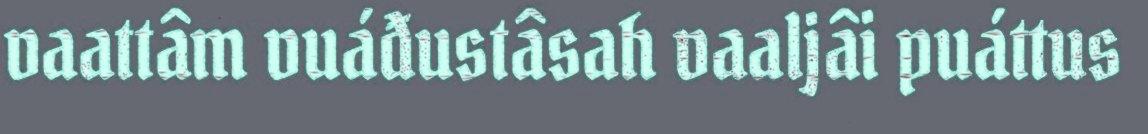
vaattâm vuáđustâsah vaaljâi puáttus